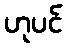
ဟုပင်